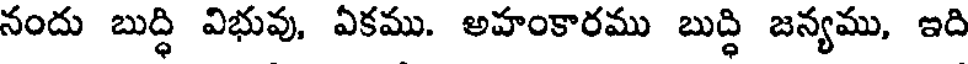
నందు బుద్ధి విభువు. ఏకము. అహంకారము బుద్ధి జన్యము, ఇది